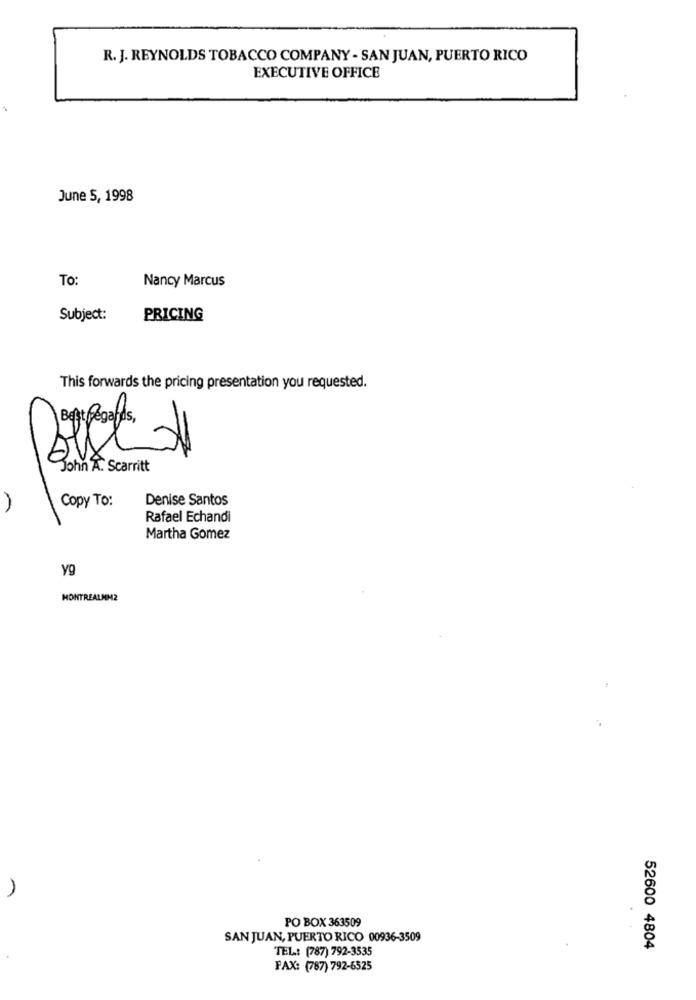
R. J. REYNOLDS TOBACCO COMPANY - SAN JUAN, PUERTO RICO
EXECUTIVE OFFICE
June 5, 1998
To:
Nancy Marcus
Subject:
PRICING
This forwards the pricing presentation you requested.
John A. Scarritt
Copy To:
Denise Santos
A
Rafael Echandi
Martha Gomez
yg
MONTREALMMZ
PO BOX 363509
SAN JUAN, PUERTO RICO 00936-3509
TEL .: (787) 792-3535
52600 4804
FAX: (787) 792-6525